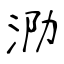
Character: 泐